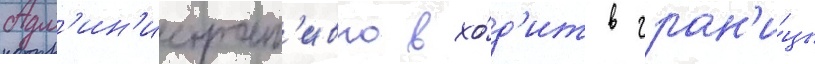
Адм'ин'истрат'ивно вхо́д'ит в гран'и́цы